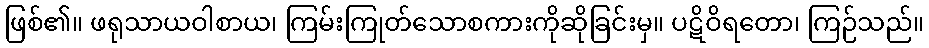
ဖြစ်၏။ ဖရုသာယဝါစာယ၊ ကြမ်းကြုတ်သောစကားကိုဆိုခြင်းမှ။ ပဋိဝိရတော၊ ကြဉ်သည်။